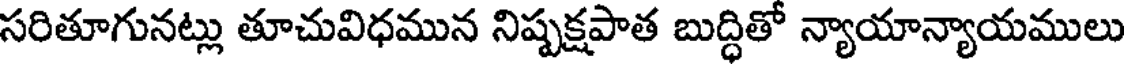
సరితూగునట్లు తూచువిధమున నిష్పక్షపాత బుద్ధితో న్యాయాన్యాయములు